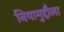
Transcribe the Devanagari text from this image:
नियामुद्दौला